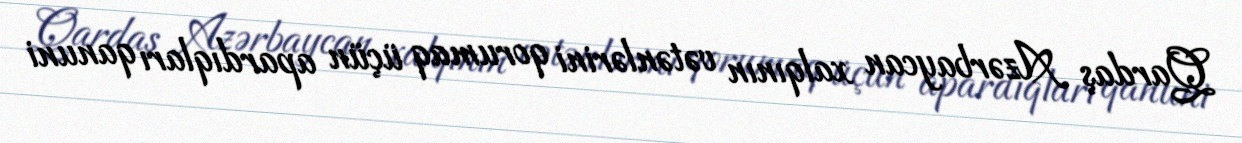
Qardaş Azərbaycan xalqının vətənlərini qorumaq üçün apardıqları qanuni